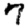
Digit: 7